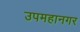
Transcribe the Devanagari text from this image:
उपमहानगर